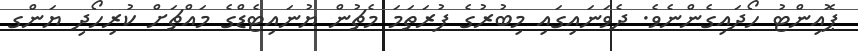
ޕޮއިންޓު ހޯދައިގެންނެވެ. ދެވަނައިގައި މިބުރުގެ ފުރަތަމަ މެޗުން ޔުނައިޓެޑްގެ މައްޗަށް ކުރިހޯދި ޔަންގ